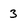
Character: 3